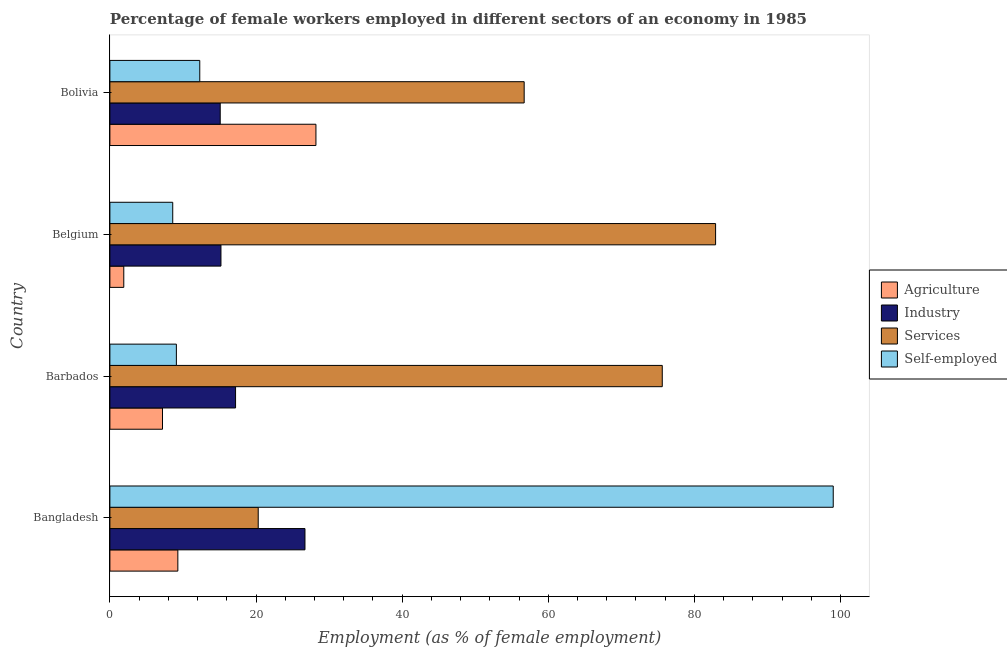
| Country | Agriculture | Industry | Services | Self-employed |
 | --- | --- | --- | --- | --- |
 | Bangladesh | 9.3 | 26.7 | 20.3 | 99 |
 | Barbados | 7.2 | 17.2 | 75.6 | 9.1 |
 | Belgium | 1.9 | 15.2 | 82.9 | 8.6 |
 | Bolivia | 28.2 | 15.1 | 56.7 | 12.3 |